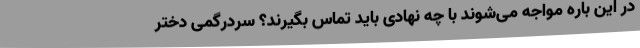
در این باره مواجه می‌شوند با چه نهادی باید تماس بگیرند؟ سردرگمی دختر